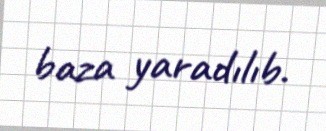
baza yaradılıb.